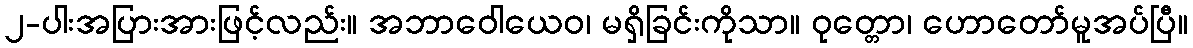
၂-ပါးအပြားအားဖြင့်လည်း။ အဘာဝေါယေဝ၊ မရှိခြင်းကိုသာ။ ဝုတ္တော၊ ဟောတော်မူအပ်ပြီ။